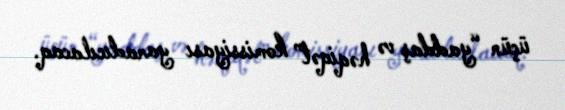
üçün “yaddaş və həqiqət” komissiyası yaradıcılacaq.